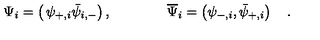
\Psi _ { i } = \left( \begin{matrix} { \psi _ { + , i } } \\ { \bar { \psi } _ { i , - } } \\ \end{matrix} \right) , \qquad \qquad \overline { { \Psi } } _ { i } = \left( \psi _ { - , i } , \bar { \psi } _ { + , i } \right) \quad .